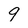
Character: 9